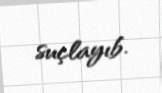
suçlayıb.